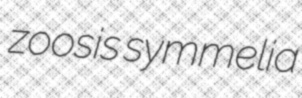
zoosis symmelia